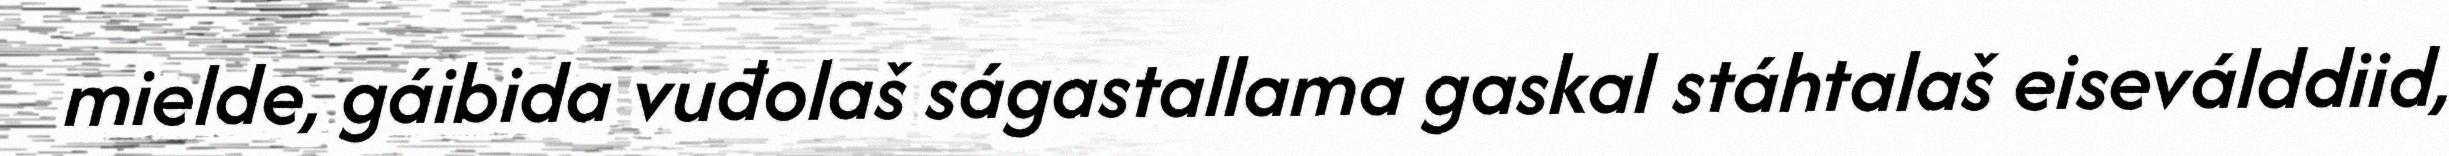
mielde, gáibida vuđolaš ságastallama gaskal stáhtalaš eiseválddiid,